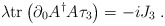
\begin{align*}\lambda\mathrm{tr}\left( \partial_{0}A^{\dag}A\tau_{3}\right) =-iJ_{3}\;.\end{align*}